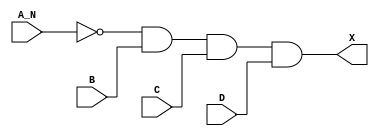
module sky130_fd_sc_ms__and4b_1 (
    X  ,
    A_N,
    B  ,
    C  ,
    D
);
    output X  ;
    input  A_N;
    input  B  ;
    input  C  ;
    input  D  ;
    wire not0_out  ;
    wire and0_out_X;
    not not0 (not0_out  , A_N              );
    and and0 (and0_out_X, not0_out, B, C, D);
    buf buf0 (X         , and0_out_X       );
endmodule